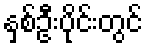
နှစ်ဦးပိုင်းတွင်